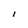
Character: l